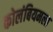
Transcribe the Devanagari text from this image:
कोलंबियमला